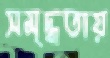
সমৃদ্ধতায়